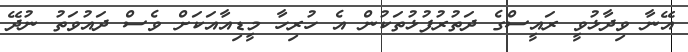
އޭނާ ވިދާޅުވީ ރައީސްގެ ދަތުރުފުޅުތަކުން އެ ހުރިހާ މީޑިއާއަކަށް ވެސް ދައުވަތު ނުދޭ